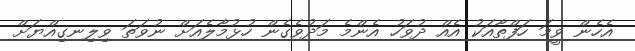
އެހެން ވީމަ ހަފްތާއަކު އެއް ދުވަހު އެންމެ މަދުވެގެން ހުޅުމާލެއަށް ނުވަތަ ވިލިނގިއްޔަށް